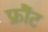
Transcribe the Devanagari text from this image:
फ्रौंट